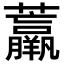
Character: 𧄿